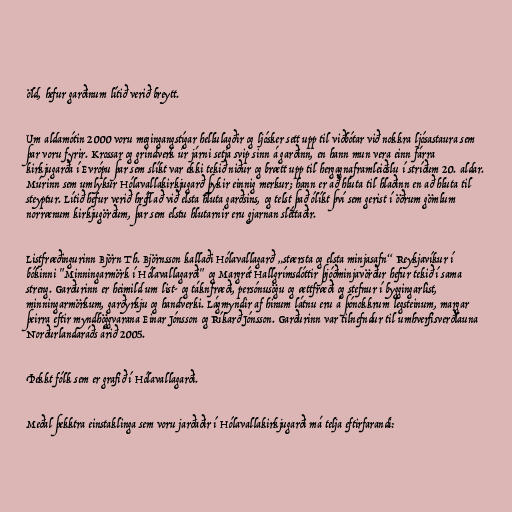
öld, hefur garðinum lítið verið breytt.

Um aldamótin 2000 voru megingangstígar hellulagðir og ljósker sett upp til viðbótar við nokkra ljósastaura sem
þar voru fyrir. Krossar og grindverk úr járni setja svip sinn á garðinn, en hann mun vera einn fárra
kirkjugarða í Evrópu þar sem slíkt var ekki tekið niður og brætt upp til hergagnaframleiðslu í stríðum 20. aldar.
Múrinn sem umlykur Hólavallakirkjugarð þykir einnig merkur; hann er að hluta til hlaðinn en að hluta til
steyptur. Lítið hefur verið hróflað við elsta hluta garðsins, og telst það ólíkt því sem gerist í öðrum gömlum
norrænum kirkjugörðum, þar sem elstu hlutarnir eru gjarnan sléttaðir.

Listfræðingurinn Björn Th. Björnsson kallaði Hólavallagarð „stærsta og elsta minjasafn“ Reykjavíkur í
bókinni "Minningarmörk í Hólavallagarði" og Margrét Hallgrímsdóttir þjóðminjavörður hefur tekið í sama
streng. Garðurinn er heimild um list- og táknfræði, persónusögu og ættfræði og stefnur í byggingarlist,
minningarmörkum, garðyrkju og handverki. Lágmyndir af hinum látnu eru á þónokkrum legsteinum, margar
þeirra eftir myndhöggvarana Einar Jónsson og Ríkarð Jónsson. Garðurinn var tilnefndur til umhverfisverðlauna
Norðurlandaráðs árið 2005.

Þekkt fólk sem er grafið í Hólavallagarði.

Meðal þekktra einstaklinga sem voru jarðaðir í Hólavallakirkjugarði má telja eftirfarandi: